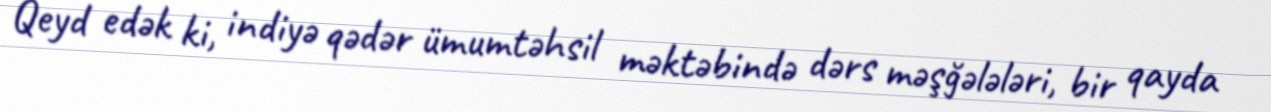
Qeyd edək ki, indiyə qədər ümumtəhsil məktəbində dərs məşğələləri, bir qayda